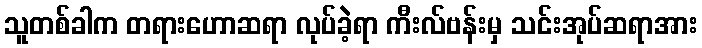
သူတစ်ခါက တရားဟောဆရာ လုပ်ခဲ့ရာ ကီးလ်ဗန်းမှ သင်းအုပ်ဆရာအား